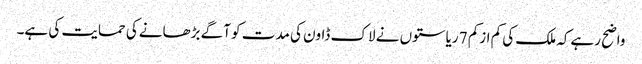
واضح رہےکہ ملک کی کم ازکم 7 ریاستوں نے لاک ڈاون کی مدت کو آگے بڑھانےکی حمایت کی ہے۔